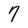
Character: 7